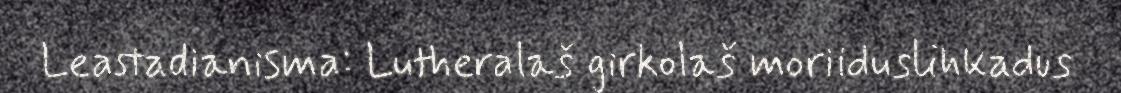
Leastadianisma: Lutheralaš girkolaš moriiduslihkadus